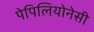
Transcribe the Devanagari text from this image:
पेपिलियोनेसी